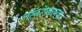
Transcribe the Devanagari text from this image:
लोकोपकारकः